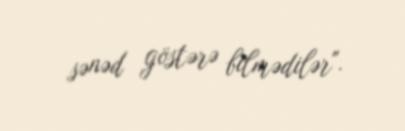
sənəd göstərə bilmədilər".